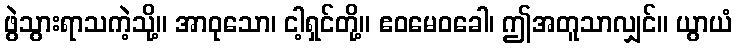
ဖွဲသွားရာသကဲ့သို့။ အာဝုသော၊ ငါ့ရှင်တို့။ ဧဝမေဝခေါ၊ ဤအတူသာလျှင်။ ယွာယံ